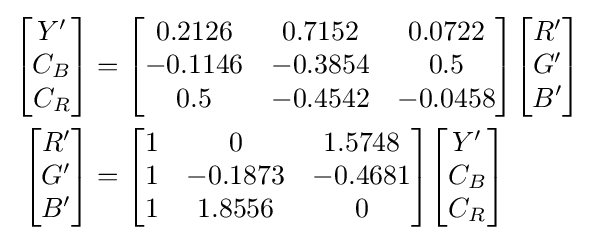
{\begin{aligned}{\begin{bmatrix}Y'\\C_{B}\\C_{R}\end{bmatrix}}&={\begin{bmatrix}0.2126&0.7152&0.0722\\-0.1146&-0.3854&0.5\\0.5&-0.4542&-0.0458\end{bmatrix}}{\begin{bmatrix}R'\\G'\\B'\end{bmatrix}}\\{\begin{bmatrix}R'\\G'\\B'\end{bmatrix}}&={\begin{bmatrix}1&0&1.5748\\1&-0.1873&-0.4681\\1&1.8556&0\end{bmatrix}}{\begin{bmatrix}Y'\\C_{B}\\C_{R}\end{bmatrix}}\end{aligned}}